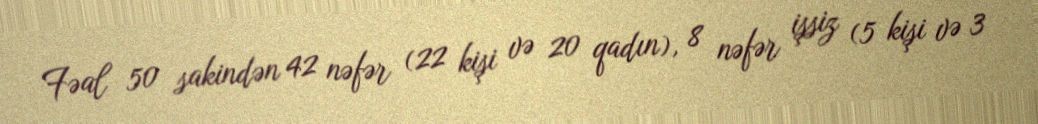
Fəal 50 sakindən 42 nəfər (22 kişi və 20 qadın), 8 nəfər işsiz (5 kişi və 3